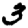
Digit: 3